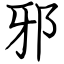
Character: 邪